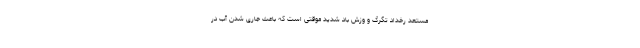
مستعد رخداد تگرگ و وزش باد شدید موقتی است که باعث جاری شدن آب در